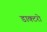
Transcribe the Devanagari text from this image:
डाक्टरो